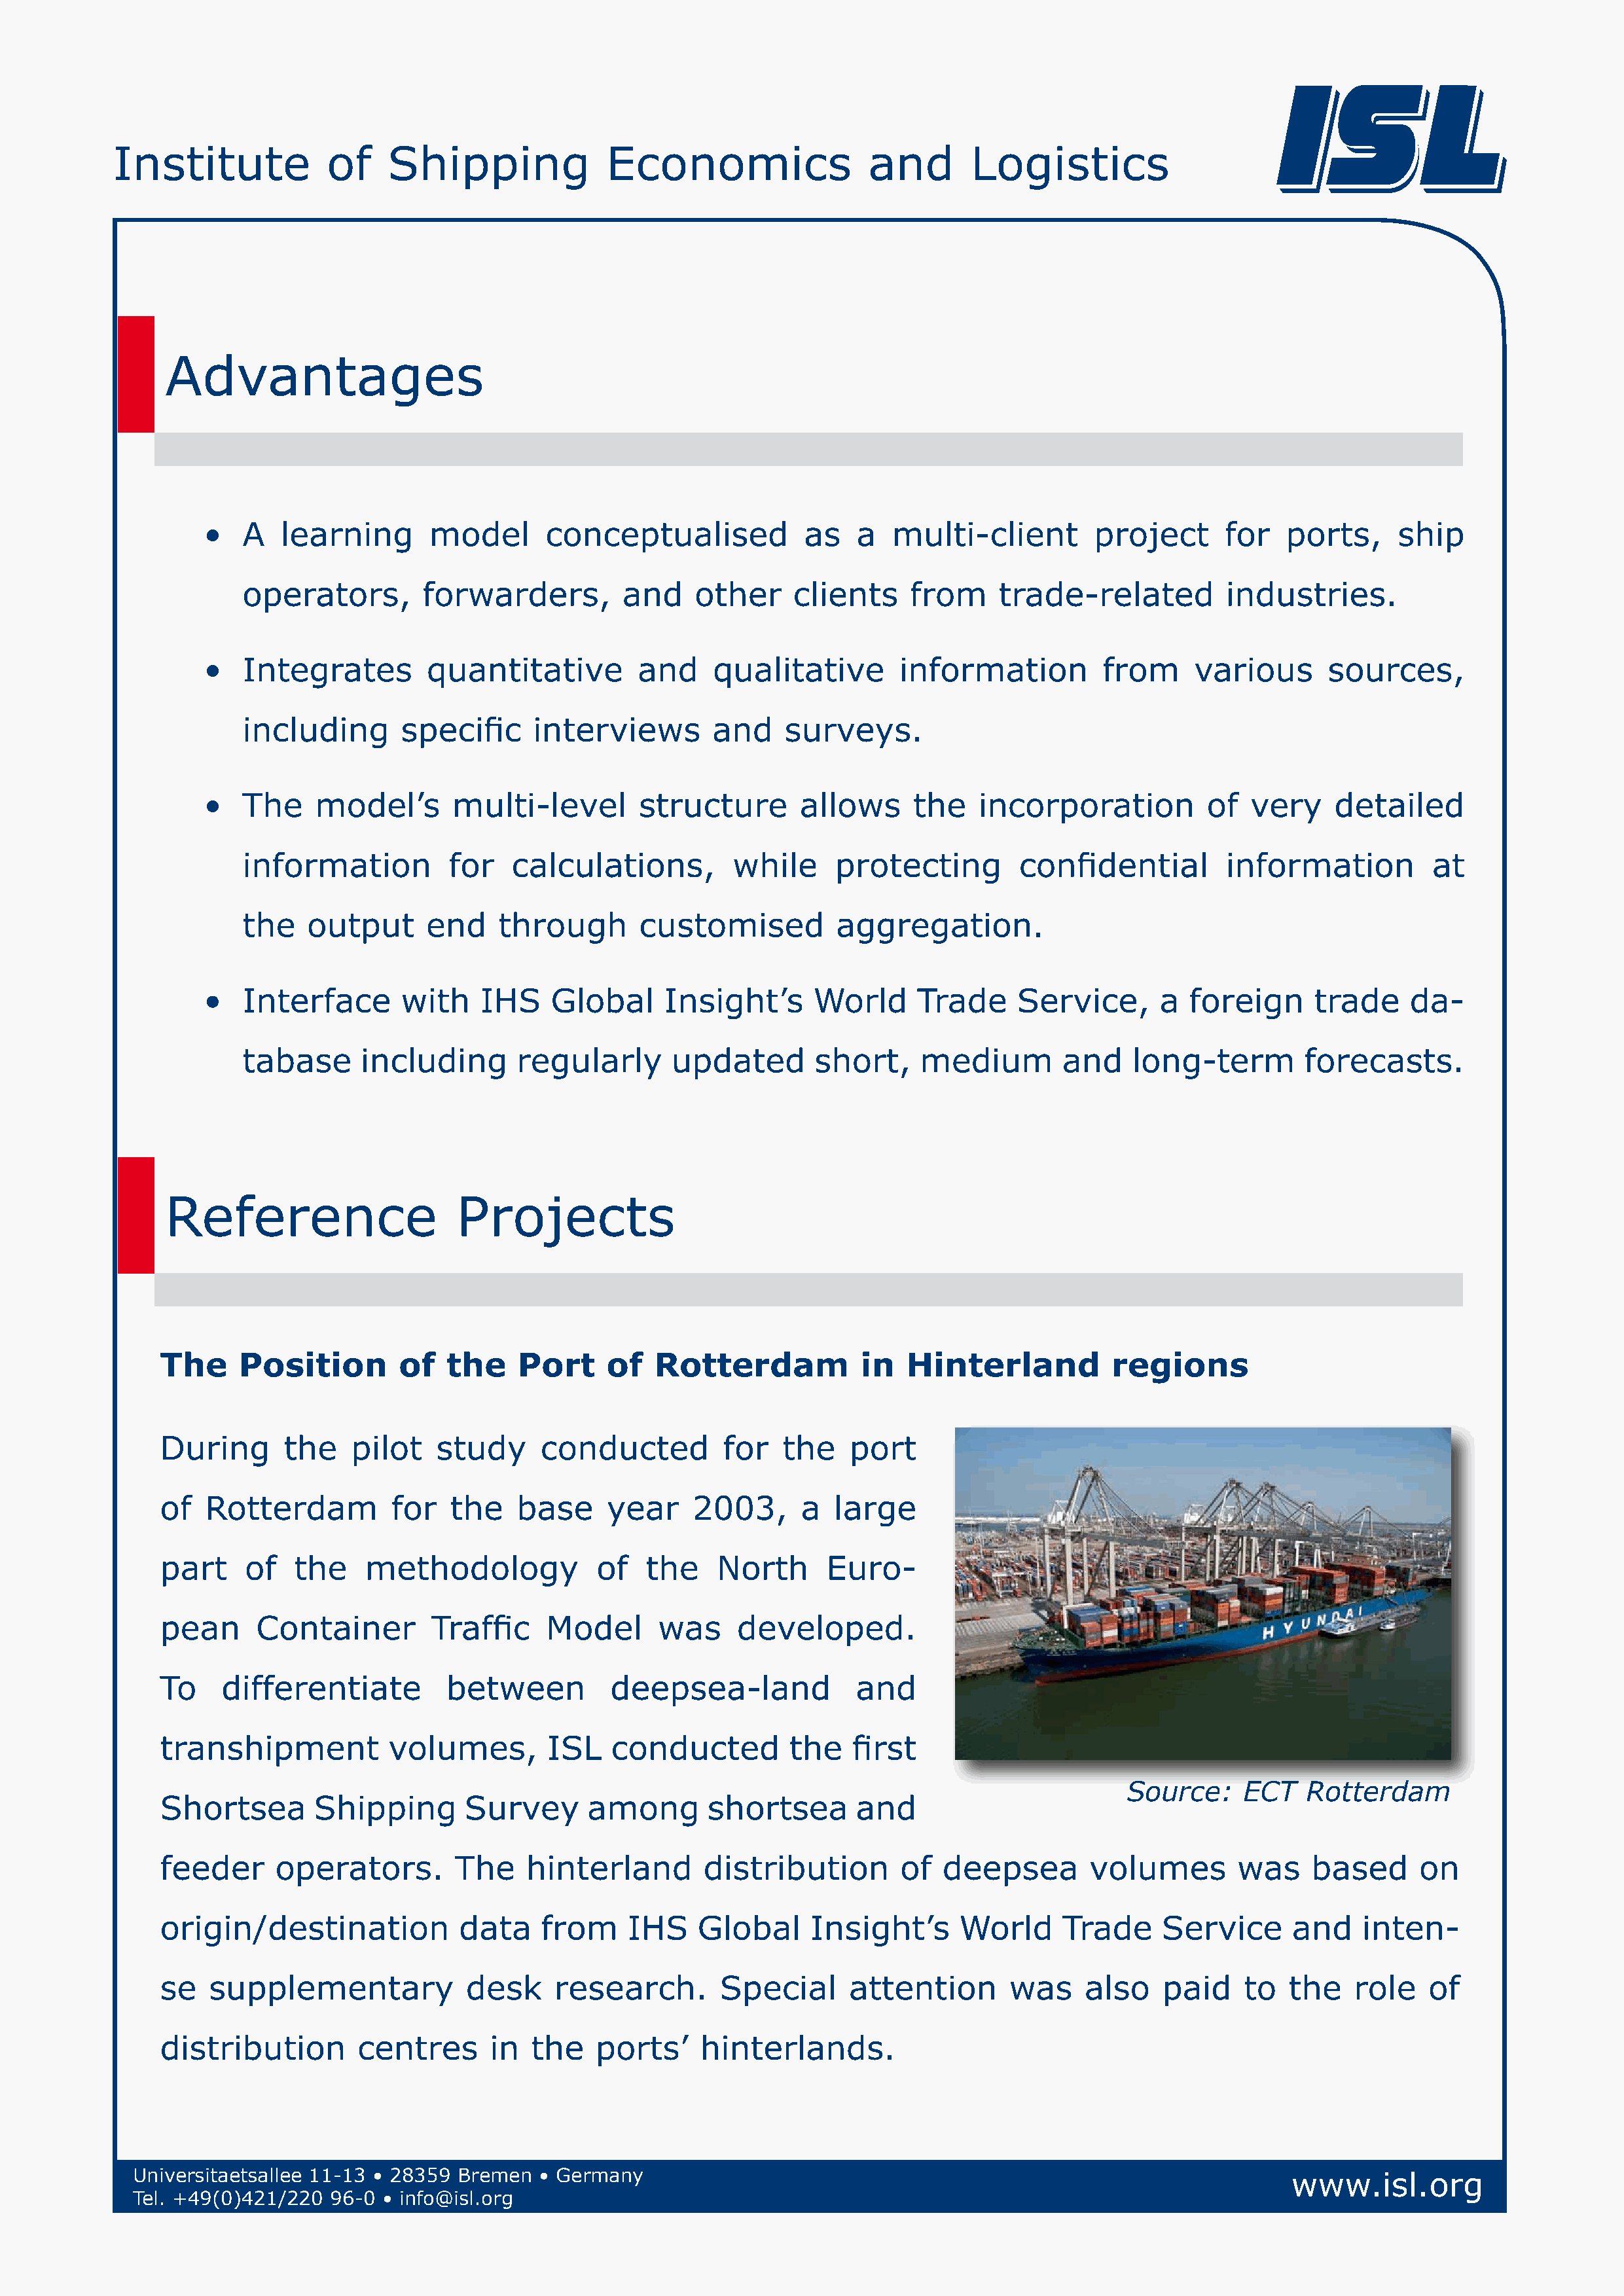
Institute             of    Shipping              Economics                  and       Logistics
 Advantages
 •   A  learning       model       conceptualised            as    a  multi-client         project      for   ports,     ship
 operators,        forwarders,         and    other     clients     from     trade-related          industries.
 •   Integrates        quantitative         and     qualitative        information         from      various      sources,
 including       specific     interviews        and    surveys.
 •   The    model’s       multi-level        structure       allows     the    incorporation          of  very     detailed
 information         for    calculations,         while     protecting         confidential         information          at
 the   output      end    through        customised          aggregation.
 •   Interface       with    IHS    Global     Insight’s      World      Trade     Service,      a  foreign      trade     da-
 tabase     including       regularly       updated       short,     medium        and    long-term         forecasts.
 Reference                    Projects
 The     Position        of   the    Port     of   Rotterdam            in   Hinterland          regions
 During       the   pilot    study      conducted         for   the    port
 of   Rotterdam          for   the   base     year     2003,      a  large
 part     of   the    methodology            of   the    North       Euro-
 pean      Container         Traffic    Model       was     developed.
 To    differentiate          between          deepsea-land             and
 transhipment           volumes,        ISL    conducted         the   first
 Source:     ECT   Rotterdam
 Shortsea        Shipping       Survey      among        shortsea       and
 feeder      operators.        The    hinterland        distribution        of  deepsea        volumes        was     based     on
 origin/destination            data     from    IHS     Global     Insight’s      World     Trade     Service       and    inten-
 se   supplementary             desk     research.        Special      attention       was     also    paid    to  the    role   of
 distribution        centres       in  the   ports’     hinterlands.
 Universitaetsallee 11-13 • 28359 Bremen   • Germany                                                                   www.isl.org
 Tel. +49(0)421/220  96-0  • info@isl.org